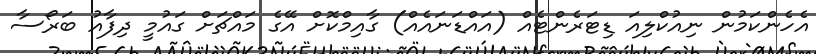
އެހެންކަމުން ނިއުކްލިއަ ޑިޓަރެންޓެއް (އައްޑަނައެއް) ގާއިމްކޮށް އޭގެ މައްޗަށް ގައުމީ ދިފާއު ބަރޯސާ